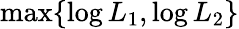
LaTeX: \operatorname*{max}\lbrace\log L_{1},\log L_{2}\rbrace